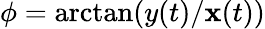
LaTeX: \phi=\arctan(y(t)/\mathbf{x}(t))